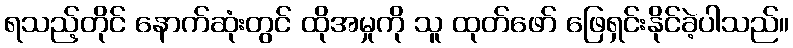
ရသည့်တိုင် နောက်ဆုံးတွင် ထိုအမှုကို သူ ထုတ်ဖော် ဖြေရှင်းနိုင်ခဲ့ပါသည်။